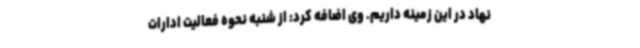
نهاد در این زمینه داریم. وی اضافه کرد: از شنبه نحوه فعالیت ادارات